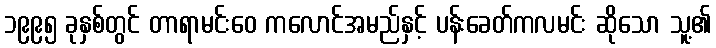
၁၉၉၅ ခုနှစ်တွင် တာရာမင်းဝေ ကလောင်အမည်နှင့် ပန်းခေတ်ကလမင်း ဆိုသော သူ့၏